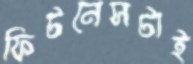
ফিটনেসটাই